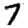
Digit: 7